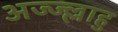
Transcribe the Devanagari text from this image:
अज्ज्ल्लाहु